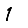
Digit: 1